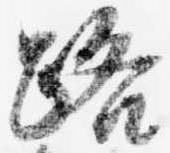
路